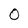
Character: O